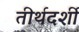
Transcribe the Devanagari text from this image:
तीर्थदर्शी